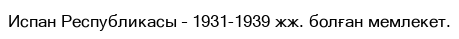
Испан Республикасы – 1931-1939 жж. болған мемлекет.